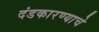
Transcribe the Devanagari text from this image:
दंडकारण्याचे